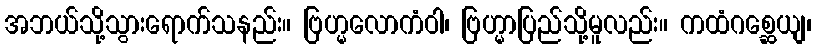
အဘယ်သို့သွားရောက်သနည်း။ ဗြဟ္မလောကံဝါ၊ ဗြဟ္မာပြည်သို့မူလည်း။ ကထံဂစ္ဆေယျ၊